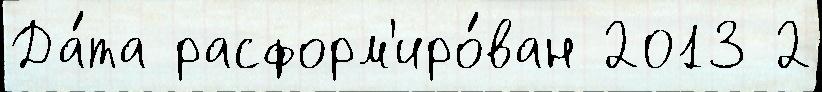
Да́та расформ'иро́ван 2013 2